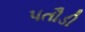
પતૌડી